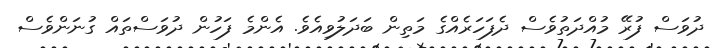
ދުވަސް ފުރޭ މުއްދަތުވެސް ދެފަހަރެއްގެ މަތިން ބަދަލުވިއެވެ. އެންމެ ފަހުން ދުވަސްތައް ގުނަންވެސް